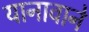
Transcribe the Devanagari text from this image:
यानावाने